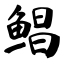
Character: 鲳